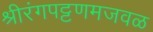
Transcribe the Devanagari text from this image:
श्रीरंगपट्टणमजवळ